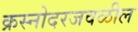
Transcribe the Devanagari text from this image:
क्रस्नोदरजवळील